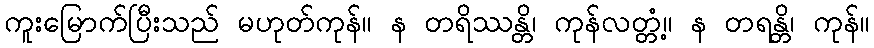
ကူးမြောက်ပြီးသည် မဟုတ်ကုန်။ န တရိဿန္တိ၊ ကုန်လတ္တံ့။ န တရန္တိ၊ ကုန်။